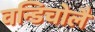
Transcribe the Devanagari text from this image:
वन्डिचोलै